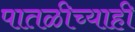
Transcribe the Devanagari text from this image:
पातळीच्याही